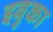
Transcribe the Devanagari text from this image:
इबुका